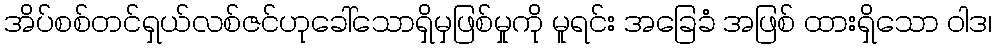
အိပ်စစ်တင်ရှယ်လစ်ဇင်ဟုခေါ်သောရှိမှဖြစ်မှုကို မူရင်း အခြေခံ အဖြစ် ထားရှိသော ဝါဒ၊